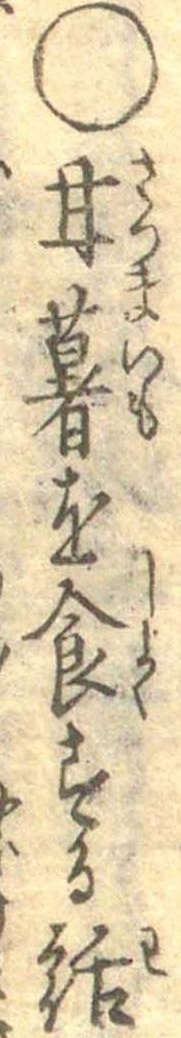
○甘薯を食する話